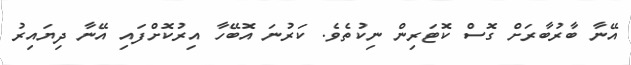
އޭނާ ބާރުބާރަށް ގޮސް ކޮޓަރިން ނިކުތެވެ. ކަރުނަ އޮބޭހާ އިރުކޮށްފައި އޭނާ ދިޔައިރު